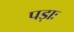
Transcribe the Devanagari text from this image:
पड़ाः